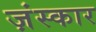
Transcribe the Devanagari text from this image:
ज़ंस्कार